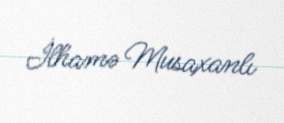
İlhamə Musaxanlı